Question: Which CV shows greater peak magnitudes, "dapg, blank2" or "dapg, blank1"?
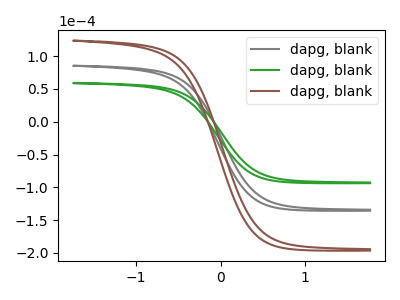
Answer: <think>The gray curve "dapg, blank1" has no peaks. The green curve "dapg, blank2" has no peaks. The brown curve "dapg, blank3" has no peaks.</think>
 <answer>Niether CV has any peaks.</answer>
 <eval>blanks</eval>